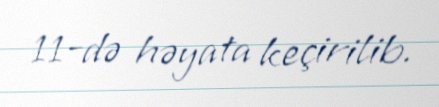
11-də həyata keçirilib.